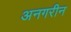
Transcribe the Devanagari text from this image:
अनगरीन